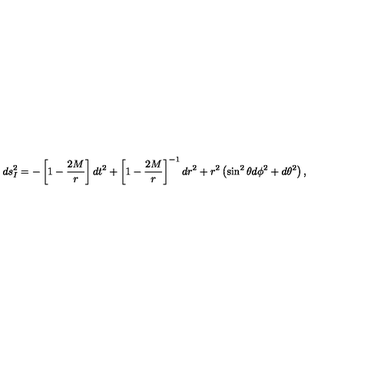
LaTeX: d s _ { I } ^ { 2 } = - \left[ 1 - \frac { 2 M } { r } \right] d t ^ { 2 } + \left[ 1 - \frac { 2 M } { r } \right] ^ { - 1 } d r ^ { 2 } + r ^ { 2 } \left( \sin ^ { 2 } \theta d \phi ^ { 2 } + d \theta ^ { 2 } \right) ,